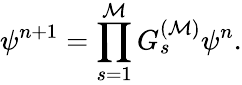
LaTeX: \psi^{n+1}=\prod_{s=1}^{\cal M}G_{s}^{({\cal M})}\psi^{n}.